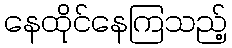
နေထိုင်နေကြသည့်